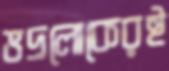
ভদ্রলোকেরই